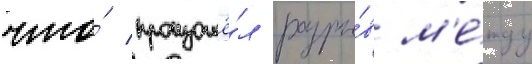
что́ произошё́л разры́в м'е́жду